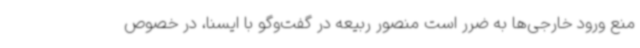
منع ورود خارجی‌ها به ضرر است منصور ربیعه در گفت‌وگو با ایسنا، در خصوص